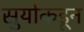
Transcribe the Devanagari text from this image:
सुर्याकडून